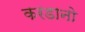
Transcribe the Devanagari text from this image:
करडानो